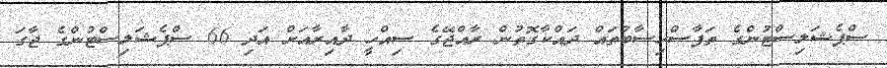
ސްޕެޝަލިސްޓުންގެ ތަފާސްހިސާބުތައް ދައްކާގޮތުން ރާއްޖޭގެ ސިއްހީ ދާއިރާއަށް އަދި 66 ސްޕެޝަލިސްޓުންގެ ޖާގަ